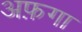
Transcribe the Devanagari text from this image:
अफ़गा